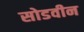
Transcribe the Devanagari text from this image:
सोडवीन